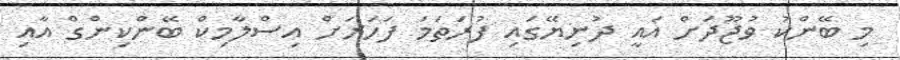
މި ބޭންކު ވުޖޫދަށް އައީ ދުނިޔޭގައި ފުރަތަމަ ފަހަރަށް އިސްލާމިކް ބޭންކިންގް އާއި